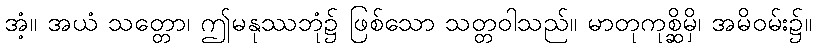
အံ့။ အယံ သတ္တော၊ ဤမနုဿဘုံ၌ ဖြစ်သော သတ္တဝါသည်။ မာတုကုစ္ဆိမှိ၊ အမိဝမ်း၌။